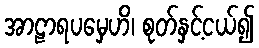
အာဠာရပမှေဟိ၊ စုတ်နှင့်ငယ်၍